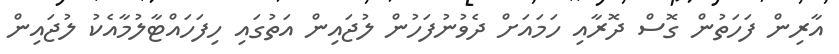
އާރިން ފަހަތުން ގޮސް ދޮރާއި ހަމައަށް ދެވުނުފަހުން ލުޖައިން އަތުގައި ހިފަހައްޓާލުމާއެކު ލުޖައިން